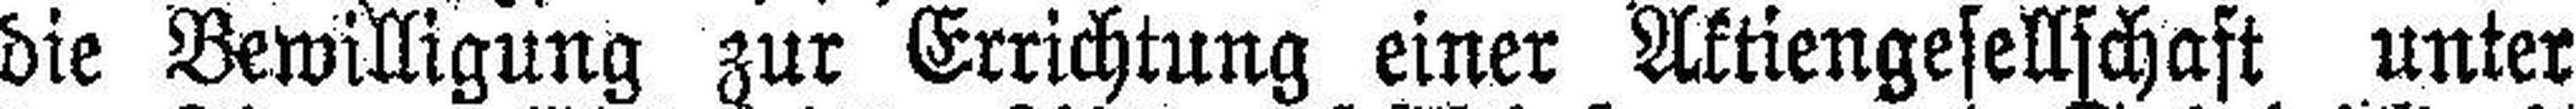
die Bewilligung zur Errichtung einer Aktiengesellschaft unter